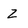
Character: z